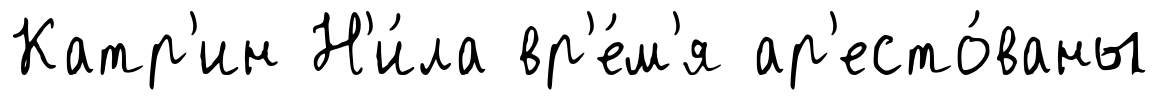
Катр'ин Н'и́ла вр'е́м'я ар'есто́ваны